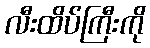
လီးထိပ်ကြီးကို